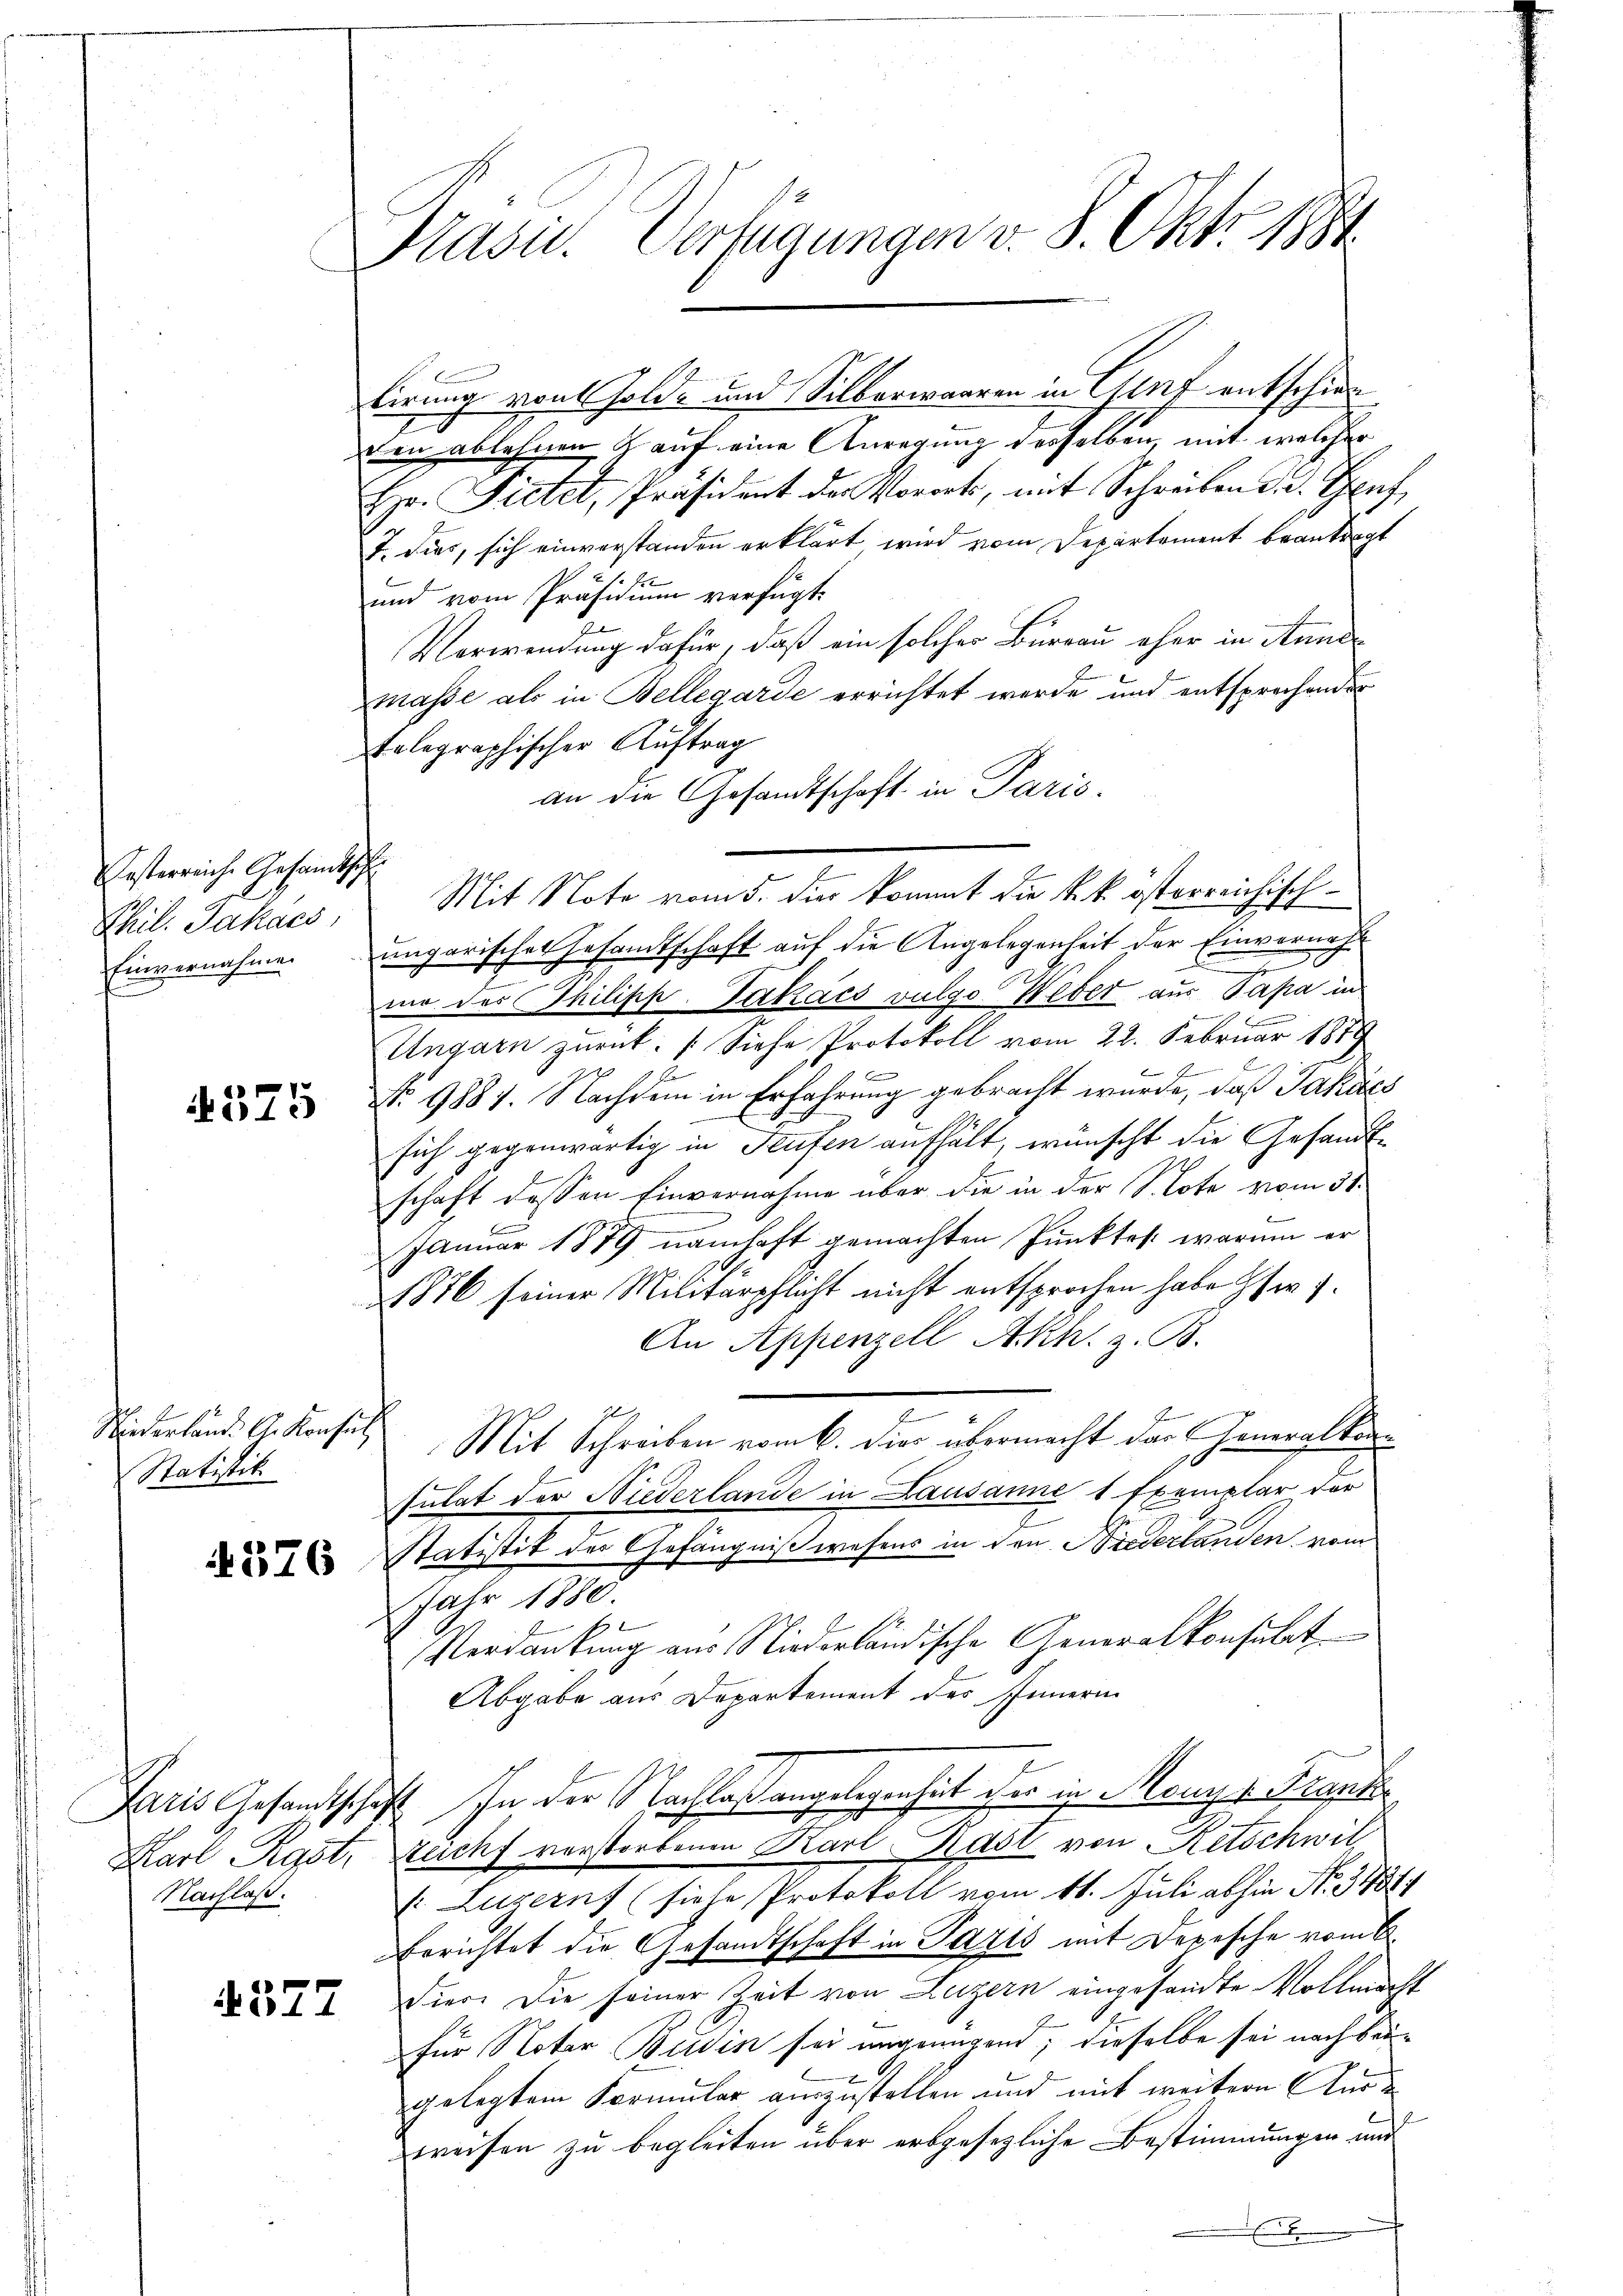
Kosterreiche Gesandtsch
Thil. Jakacs,
Einvernahme.

375

Statistik

4576

tirung von Holde und Silberwaaren in Genf entschied
den ablehnen & auf eine Anregung desselben, mit welcher
Hr. Fietet, Präsident der Vororts, mit Schreiben d. d. Genf,
T. dies, sich einverstanden erklärt wird vom Departement beantragt
und vom Präsidium verfügt:
Verwendung dafür, daß ein solcher Bureau eher in Anne
masse als in Bellegarde errichtet werde und entsprechender
telegraphischer Auftrag
an die Gesandtschaft in Paris.
Mit Note vom 5. die kommt die k. k. österreichischungarisches Gesamtschaft auf die Angelegenheit der Einvernahe
me des Thilipp-Takács vulgo Weber aus Papa in
Ungarn zurück. (Siehe Protokoll vom 22. Februar 1819
b
No 9881. Nachdem in Erfahrung gebracht wurde, daß Jakács
.
sich gegenwärtig in Teufen aufhält, wünscht die Gesandtschaft dessen Einvernahme über die in der Note vom 31.
Januar 1879 namhaft gemachten Punktes warum er
1876 seiner Militärpflicht nicht entsprochen habe ser
An Appenzell A.Rh. z. B.
Niederland. G. Konsuls Mit Schreiben vom 6. Dies übermacht das Generalkonsulat der Niederlande in Lausanne 1 Exemplar der
Statistik des Gefängnißwesens in den Niederlanden vom
Jahr 1880.
Verdankung aus Niederländische Generalkonsulat
Abgabe aus Departement des Innern
Jaris Gesandtschaft. In der Nachlaßangelegen hat der in Monys Brande
Karl Rast, Zucht verstorbenen Karl Hast von Retschwil
(Luzern (siehe Protokoll vom 11. Juli abhin No. 31814
Errichtet die Gesandtschaft in Parts mit Depesche vom 6.
 252 2 Eier. Die seiner Zeit von Luzern eingesandte Vollmacht
E
für Notar Buden sei ungenügen; dieselbe sei nach beigelegtem Formular auszustellen und mit weitern Ausweisen zu begleiten über erbgesezliche Bestimmungen und

Nachlaß.

Präsid. Verfügungen v. 8. Okt. 1884